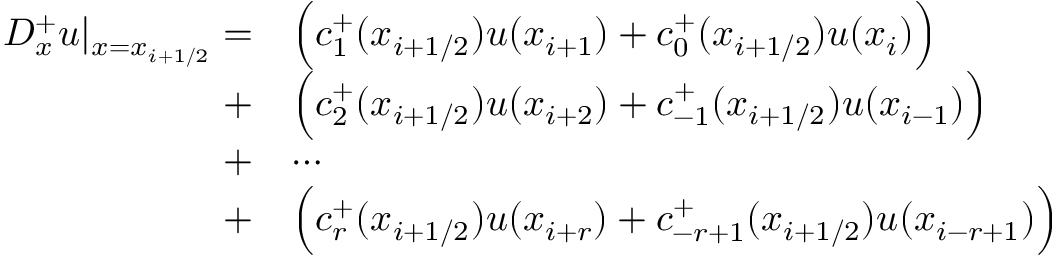
\begin{array} { r l } { D _ { x } ^ { + } u | _ { x = x _ { i + 1 / 2 } } = } & { \Big ( c _ { 1 } ^ { + } ( x _ { i + 1 / 2 } ) u ( x _ { i + 1 } ) + c _ { 0 } ^ { + } ( x _ { i + 1 / 2 } ) u ( x _ { i } ) \Big ) } \\ { + } & { \Big ( c _ { 2 } ^ { + } ( x _ { i + 1 / 2 } ) u ( x _ { i + 2 } ) + c _ { - 1 } ^ { + } ( x _ { i + 1 / 2 } ) u ( x _ { i - 1 } ) \Big ) } \\ { + } & { \cdots } \\ { + } & { \Big ( c _ { r } ^ { + } ( x _ { i + 1 / 2 } ) u ( x _ { i + r } ) + c _ { - r + 1 } ^ { + } ( x _ { i + 1 / 2 } ) u ( x _ { i - r + 1 } ) \Big ) } \end{array}